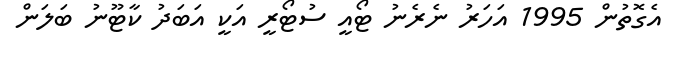
އެގޮތުން 1995 އަހަރު ނެރެނު ޓޯއީ ސުޓޯރީ އަކީ އަބަދު ކާޓޫނު ބަލަން